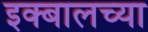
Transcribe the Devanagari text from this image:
इक्बालच्या